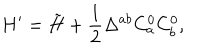
H ^ { \prime } = \tilde { H } + \frac 1 2 \Delta ^ { a b } C _ { a } ^ { 0 } C _ { b } ^ { 0 } ,